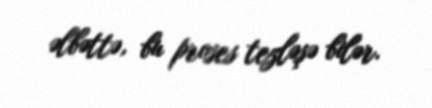
əlbəttə, bu proses tezləşə bilər.